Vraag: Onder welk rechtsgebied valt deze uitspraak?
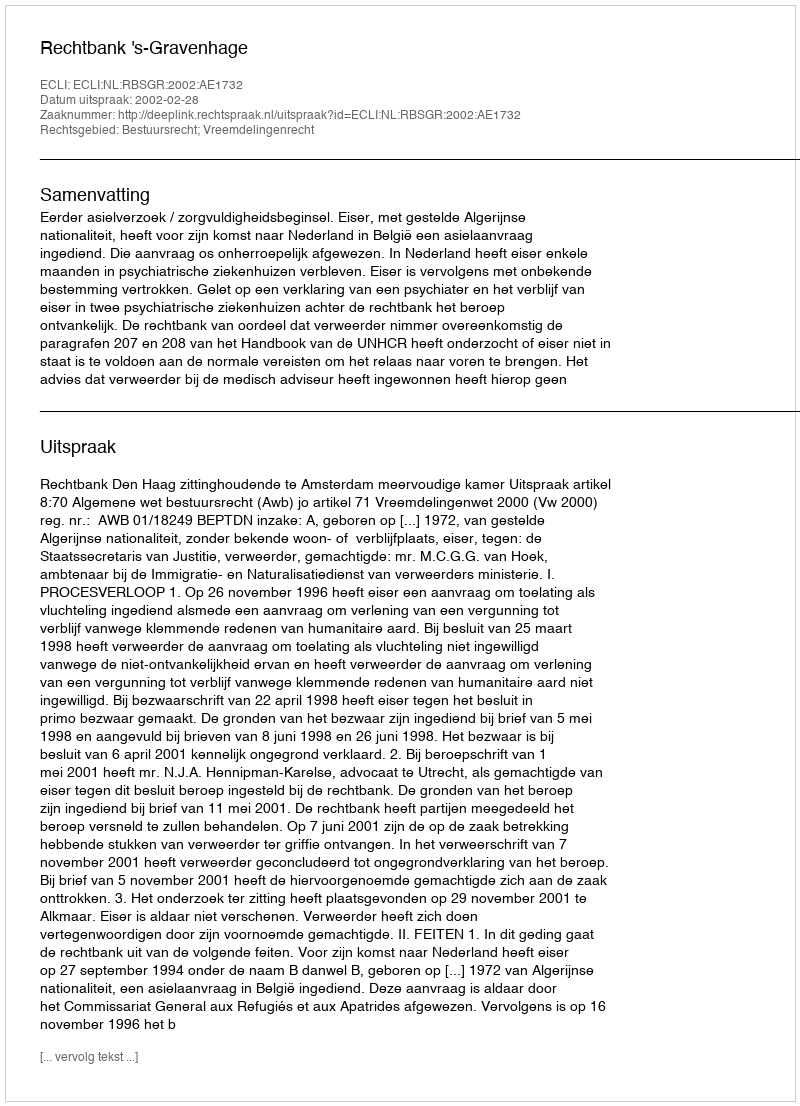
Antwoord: Bestuursrecht; Vreemdelingenrecht